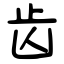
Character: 齿